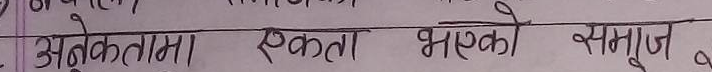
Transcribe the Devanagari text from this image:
अनेकतामा एकता भएको समाज